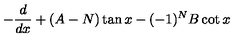
- \frac { d } { d x } + ( A - N ) \tan x - ( - 1 ) ^ { N } B \cot x